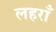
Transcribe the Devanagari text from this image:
लहराँ